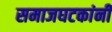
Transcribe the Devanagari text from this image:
समाजघटकांनी